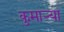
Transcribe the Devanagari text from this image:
कुमार्‍या